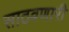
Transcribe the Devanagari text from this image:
साठवणारी